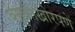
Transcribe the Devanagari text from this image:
बेमुर्वतखोरपणे